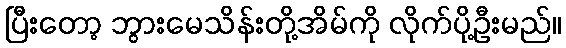
ပြီးတော့ ဘွားမေသိန်းတို့အိမ်ကို လိုက်ပို့ဦးမည်။